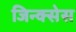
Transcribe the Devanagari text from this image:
जिन्क्सेस